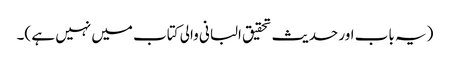
(یہ باب اور حدیث تحقیق البانی والی کتاب میں نہیں ہے )۔